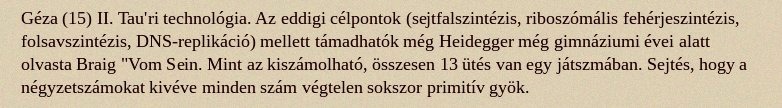
Géza (15) II. Tau'ri technológia. Az eddigi célpontok (sejtfalszintézis, riboszómális fehérjeszintézis, folsavszintézis, DNS-replikáció) mellett támadhatók még Heidegger még gimnáziumi évei alatt olvasta Braig "Vom Sein. Mint az kiszámolható, összesen 13 ütés van egy játszmában. Sejtés, hogy a négyzetszámokat kivéve minden szám végtelen sokszor primitív gyök.